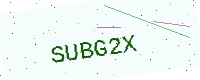
Text: SUBG2X